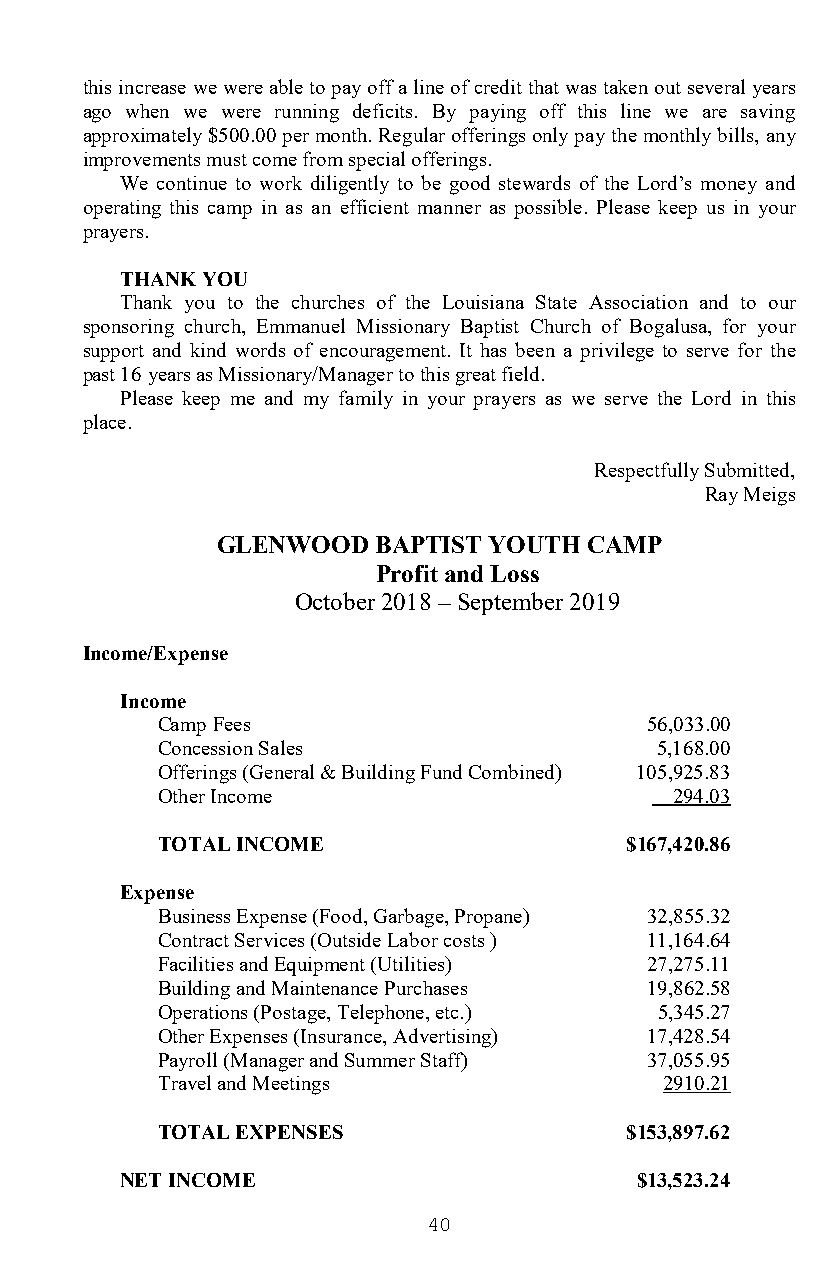
this increase we were able to pay off a line of credit that was taken out several years
 ago when we were running deficits. By paying off this line we are saving
 approximately $500.00 per month. Regular offerings only pay the monthly bills, any
 improvements must come from special offerings.
 We continue to work diligently to be good stewards of the Lord’s money and
 operating this camp in as an efficient manner as possible. Please keep us in your
 prayers.
 THANK YOU
 Thank you to the churches of the Louisiana State Association and to our
 sponsoring church, Emmanuel Missionary Baptist Church of Bogalusa, for your
 support and kind words of encouragement. It has been a privilege to serve for the
 past 16 years as Missionary/Manager to this great field.
 Please keep me and my family in your prayers as we serve the Lord in this
 place.
 Respectfully Submitted,
 Ray Meigs
 GLENWOOD   BAPTIST YOUTH CAMP
 Profit and Loss
 October 2018 – September 2019
 Income/Expense
 Income
 Camp Fees                        56,033.00
 Concession Sales                 5,168.00
 Offerings (General & Building Fund Combined) 105,925.83
 Other Income                       294.03
 TOTAL INCOME                   $167,420.86
 Expense
 Business Expense (Food, Garbage, Propane) 32,855.32
 Contract Services (Outside Labor costs ) 11,164.64
 Facilities and Equipment (Utilities) 27,275.11
 Building and Maintenance Purchases 19,862.58
 Operations (Postage, Telephone, etc.) 5,345.27
 Other Expenses (Insurance, Advertising) 17,428.54
 Payroll (Manager and Summer Staff) 37,055.95
 Travel and Meetings               2910.21
 TOTAL EXPENSES                 $153,897.62
 NET INCOME                        $13,523.24
 40